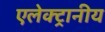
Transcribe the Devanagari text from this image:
एलेक्ट्रानीय